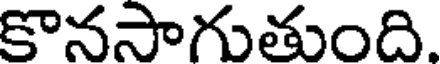
కొనసాగుతుంది.